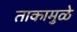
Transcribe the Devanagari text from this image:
ताकामुळे